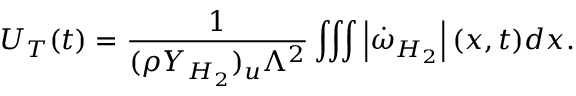
U _ { T } ( t ) = \frac { 1 } { ( \rho Y _ { H _ { 2 } } ) _ { u } \Lambda ^ { 2 } } \int \! \! \int \! \! \int \left| \dot { \omega } _ { H _ { 2 } } \right| ( \boldsymbol { x } , t ) d \boldsymbol { x } .